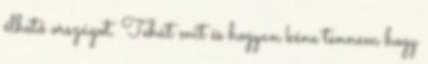
élhető országot. Tehát mit és hogyan kéne tennem hogy